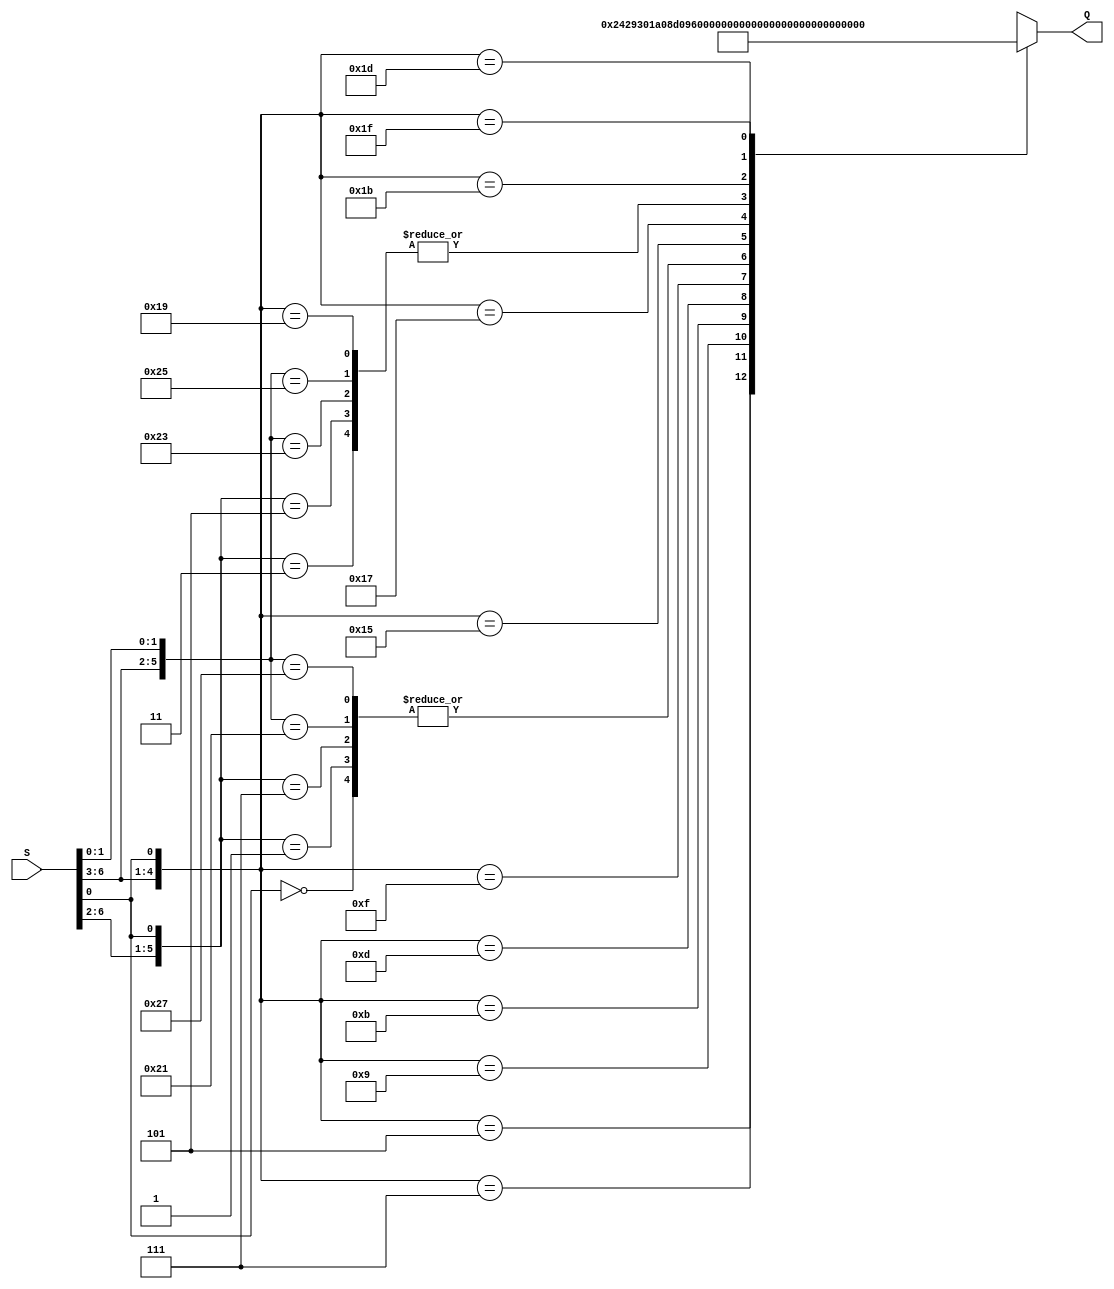
module ROMCASE(
	input wire [6:0]S, 
	output reg [12:0]Q
	);
	always @ (*)
	begin
		casex (S)
			7'bxxxxxx0:	Q = 13'b1000000001000;
			7'b00001x1: Q = 13'b0100000001000;
			7'b00000x1: Q = 13'b1000000001000;
			7'b00011x1: Q = 13'b1000000001000;
			7'b00010x1: Q = 13'b0100000001000;
			7'b0010xx1: Q = 13'b0001001000010;
			7'b0011xx1: Q = 13'b1001001100000;
			7'b0100xx1: Q = 13'b0011010000010;
			7'b0101xx1: Q = 13'b0011010000100;
			7'b0110xx1: Q = 13'b1011010100000;
			7'b0111xx1: Q = 13'b1000000111000;
			7'b1000x11: Q = 13'b0100000001000;
			7'b1000x01: Q = 13'b1000000001000;
			7'b1001x11: Q = 13'b1000000001000;
			7'b1001x01: Q = 13'b0100000001000;
			7'b1010xx1: Q = 13'b0011011000010;
			7'b1011xx1: Q = 13'b1011011100000;
			7'b1100xx1: Q = 13'b0100000001000;
			7'b1101xx1: Q = 13'b0000000001001;
			7'b1110xx1: Q = 13'b0011100000010;
			7'b1111xx1: Q = 13'b1011100100000;
			//default : Q = 13'b1000000001000;
		endcase
	end
endmodule